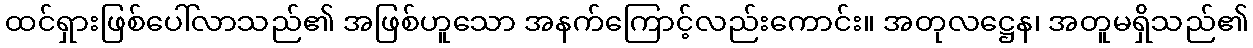
ထင်ရှားဖြစ်ပေါ်လာသည်၏ အဖြစ်ဟူသော အနက်ကြောင့်လည်းကောင်း။ အတုလဋ္ဌေန၊ အတူမရှိသည်၏